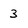
Character: 3